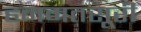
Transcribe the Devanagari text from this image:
हनमतसूरी